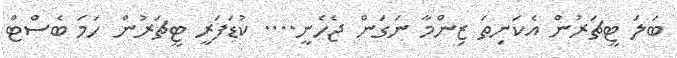
ބަލަ ޓީޗަރުން އެކަނިތަ ޒިންމާ ނަގަން ޖެހެނީ.... ކުޑަފަރީ ޓީޗަރުން ހަމަ ބެސްޓް